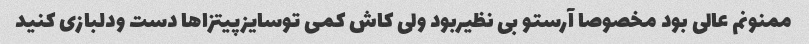
ممنونم عالی بود مخصوصا آرستو بی نظیربود ولی کاش کمی توسایزپیتزاها دست ودلبازی کنید